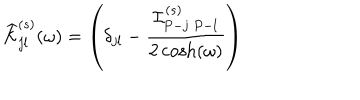
\widehat { \cal K } _ { j l } ^ { ( s ) } ( \omega ) = \left( \delta _ { j l } - \frac { { \cal I } _ { P - j \ P - l } ^ { ( s ) } } { 2 \cosh ( \omega ) } \right)